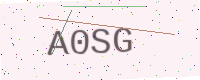
Text: A0SG